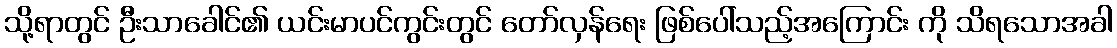
သို့ရာတွင် ဦးသာခေါင်၏ ယင်းမာပင်ကွင်းတွင် တော်လှန်ရေး ဖြစ်ပေါ်သည့်အကြောင်း ကို သိရသောအခါ